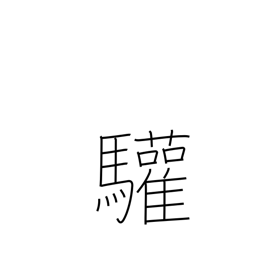
Meaning: greetings